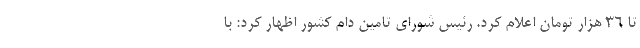
تا 36 هزار تومان اعلام کرد. رئیس شورای تامین دام کشور اظهار کرد: با